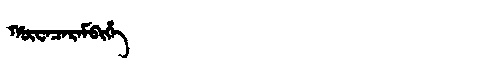
Manchu: ᡥᡡᠸᠠᠴᠠᡵᠠᠮᠪᡳᡥᡝ
Romanization: HŪWACARAMBIHE